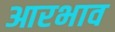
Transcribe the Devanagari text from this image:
आरभाव